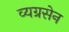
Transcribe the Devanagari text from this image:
व्यग्रसेन